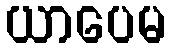
ယာပေမ